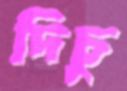
দিচু